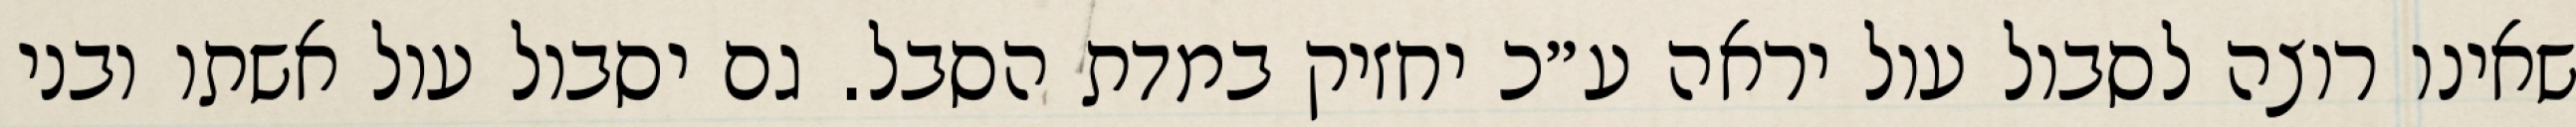
שאינו רוצה לסבול עול יראה ע״כ יחזיק במדת הסבל. גם יסבול עול אשתו ובני